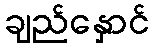
ချည်နှောင်